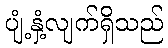
ပျံ့နှံ့လျက်ရှိသည်